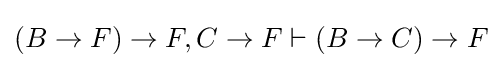
(B\to F)\to F,C\to F\vdash (B\to C)\to F